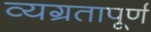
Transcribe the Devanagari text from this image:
व्यग्रतापूर्ण